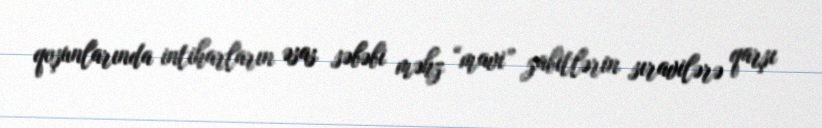
qoşunlarında intiharların əsas səbəbi məhz “mavi” zabitlərin sıravilərə qarşı